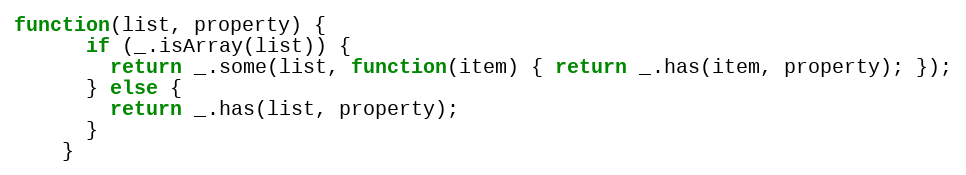
Language: JavaScript
function(list, property) {
      if (_.isArray(list)) {
        return _.some(list, function(item) { return _.has(item, property); });
      } else {
        return _.has(list, property);
      }
    }